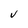
Character: V